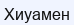
Хиуамен